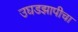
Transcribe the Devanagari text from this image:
उघडझापीचा